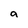
Character: a